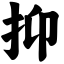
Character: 抑